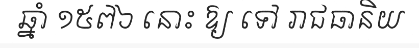
ឆ្នាំ ១៥៧៦ នោះ ឱ្យ ទៅ រាជធានិយ